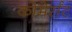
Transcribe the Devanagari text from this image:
कोमेर्संट